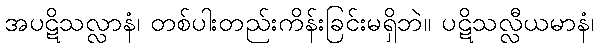
အပဋိသလ္လာနံ၊ တစ်ပါးတည်းကိန်းခြင်းမရှိဘဲ။ ပဋိသလ္လီယမာနံ၊